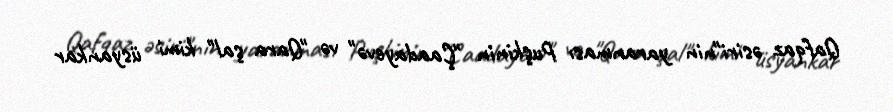
Qafqaz əsiri"nin yaranması Puşkinin "Çaadayevə" və "Qara şal" kimi üsyankar